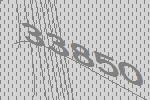
33850